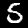
Digit: 5